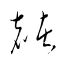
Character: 赭